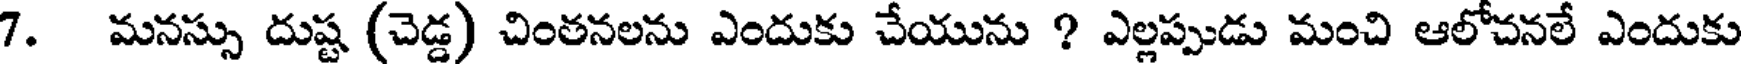
7. మనస్సు దుష్ట (చెడ్డ) చింతనలను ఎందుకు చేయును ? ఎల్లప్పుడు మంచి ఆలోచనలే ఎందుకు